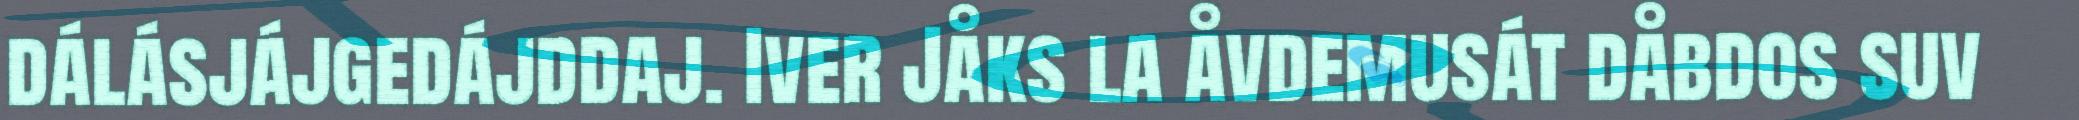
dálásjájgedájddaj. Iver Jåks la åvdemusát dåbdos suv